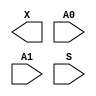
/**
 * Copyright 2020 The SkyWater PDK Authors
 *
 * Licensed under the Apache License, Version 2.0 (the "License");
 * you may not use this file except in compliance with the License.
 * You may obtain a copy of the License at
 *
 *     https://www.apache.org/licenses/LICENSE-2.0
 *
 * Unless required by applicable law or agreed to in writing, software
 * distributed under the License is distributed on an "AS IS" BASIS,
 * WITHOUT WARRANTIES OR CONDITIONS OF ANY KIND, either express or implied.
 * See the License for the specific language governing permissions and
 * limitations under the License.
 *
 * SPDX-License-Identifier: Apache-2.0
 */

`ifndef SKY130_FD_SC_HVL__UDP_MUX_2TO1_BLACKBOX_V
`define SKY130_FD_SC_HVL__UDP_MUX_2TO1_BLACKBOX_V

/**
 * udp_mux_2to1: Two to one multiplexer
 *
 * Verilog stub definition (black box with power pins).
 *
 * WARNING: This file is autogenerated, do not modify directly!
 */

`timescale 1ns / 1ps
`default_nettype none

(* blackbox *)
module sky130_fd_sc_hvl__udp_mux_2to1 (
    X ,
    A0,
    A1,
    S
);

    output X ;
    input  A0;
    input  A1;
    input  S ;
endmodule

`default_nettype wire
`endif  // SKY130_FD_SC_HVL__UDP_MUX_2TO1_BLACKBOX_V